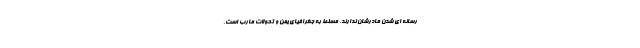
رسانه ای شدن مادرشان ندارند. مسلط به جغرافیای یمن و تحولات مارب است.